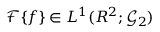
{ \mathcal F } \{ f \} \in L ^ { 1 } ( R ^ { 2 } ; { \mathcal G } _ { 2 } )